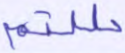
حللتم